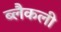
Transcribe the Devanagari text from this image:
ब्लैकली